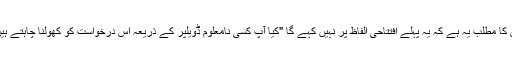
اس کا مطلب یہ ہے کہ یہ پہلے افتتاحی الفاظ پر نہیں کہے گا "کیا آپ کسی نامعلوم ڈویلپر کے ذریعہ اس درخواست کو کھولنا چاہتے ہیں"۔